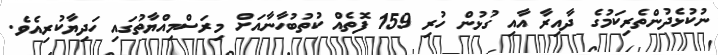
ނުކުޅެދުންތެރިކަމުގެ ދާއިރާ އާއި ގުޅުން ހުރި 159 ފޮތެއް ކުތުބުހާނާއަށް މިރަސްމިއްޔާތުގައި ހަދިޔާކުރިއެެވެ.